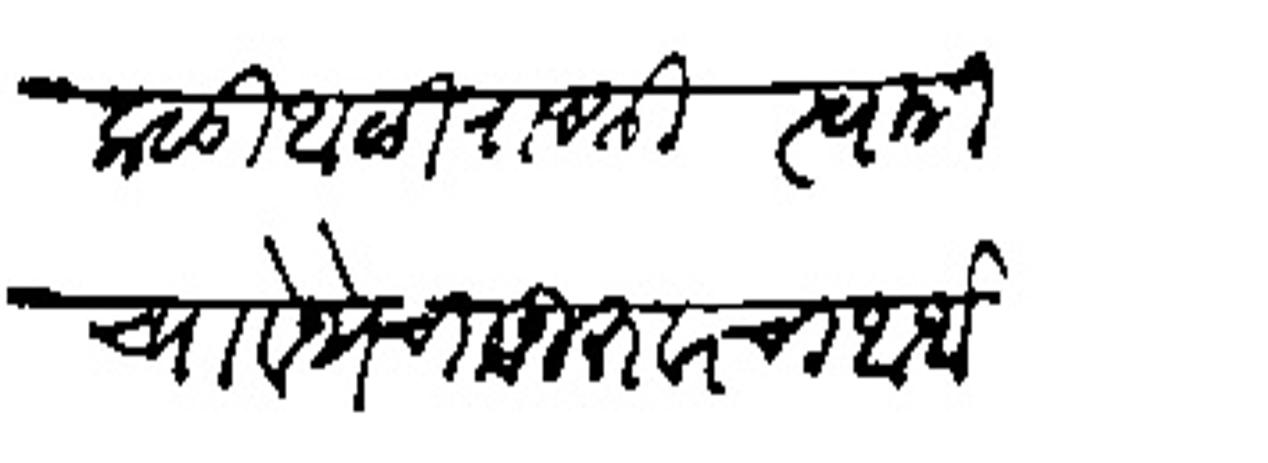
Transliteration (Devanagari): कळो आळा राजश्री स्वामीच्या वेथेचा गुरवारचा आर्य